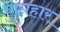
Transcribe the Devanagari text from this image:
पुष्टाहार